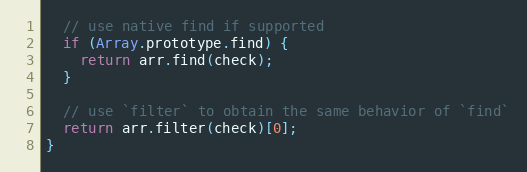
Language: JavaScript
  // use native find if supported
  if (Array.prototype.find) {
    return arr.find(check);
  }

  // use `filter` to obtain the same behavior of `find`
  return arr.filter(check)[0];
}